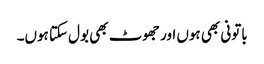
باتونی بھی ہوں اور جھوٹ بھی بول سکتا ہوں۔